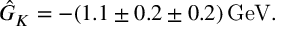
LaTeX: \hat { G } _ { K } = - ( 1 . 1 \pm 0 . 2 \pm 0 . 2 ) \, \mathrm { G e V } .